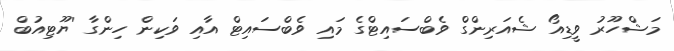
މަޝްހޫރު ވީޑިއޯ ޝެއަރިންގް ވެބްސައިޓްގެ މައި ވެބްސައިޓް އާއި ވަކިން ހިންގާ 'ޔޫޓިއުބް